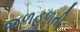
જળહળતી